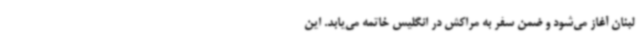
لبنان آغاز می‌شود و ضمن سفر به مراکش در انگلیس خاتمه می‌یابد. این